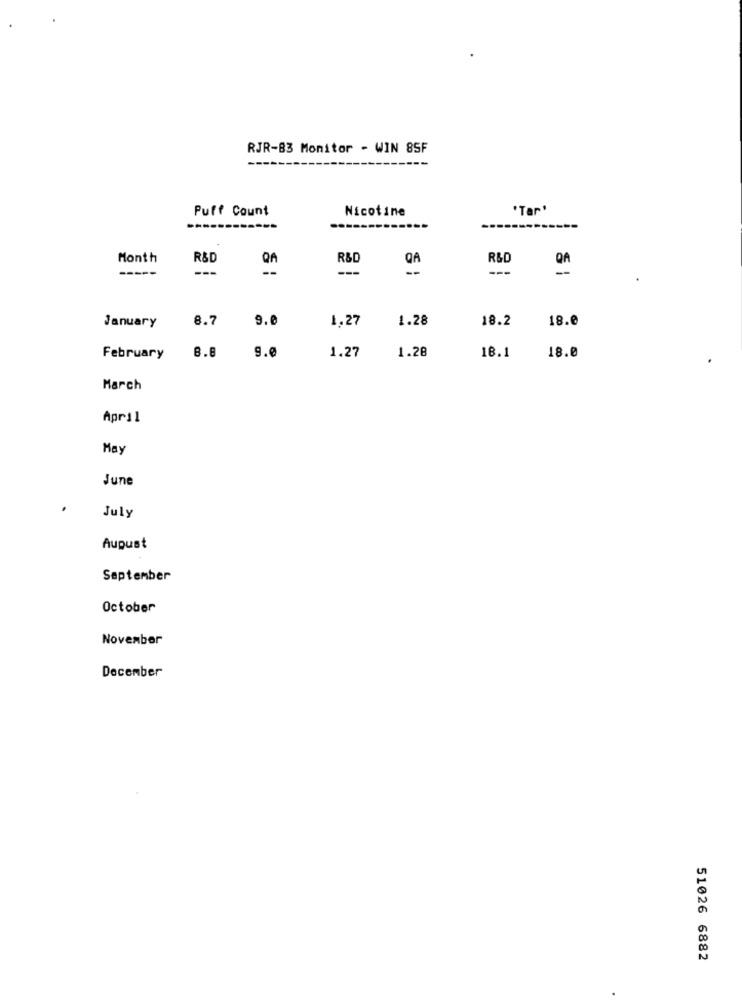
RJR-83 Monitor - WIN 85F
Puff Count
Nicotine
'Tar'
Month
R&D
R&D
R&D
-----
---
---
8.7
9.0
1,27
1.28
18.2
18.0
January
8.8
1.28
February
g.8
1.27
18.1
18.0
March
April
May
June
July
August
September
October
November
December
51026 6882